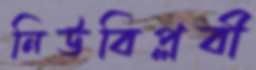
নিউবিপ্লবী